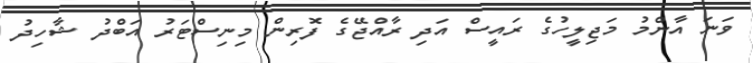
ވަނަ އާންމު މަޖިލީހުގެ ރައީސް އަދި ރާއްޖޭގެ ފޮރިން މިނިސްޓަރު އަބްދު ޝާހިދު